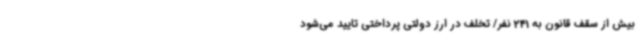
بیش از سقف قانون به 241 نفر/ تخلف در ارز دولتی پرداختی تایید می‌شود